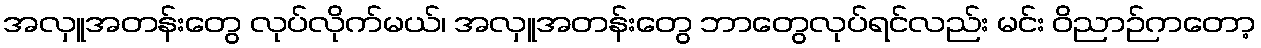
အလှူအတန်းတွေ လုပ်လိုက်မယ်၊ အလှူအတန်းတွေ ဘာတွေလုပ်ရင်လည်း မင်း ဝိညာဉ်ကတော့